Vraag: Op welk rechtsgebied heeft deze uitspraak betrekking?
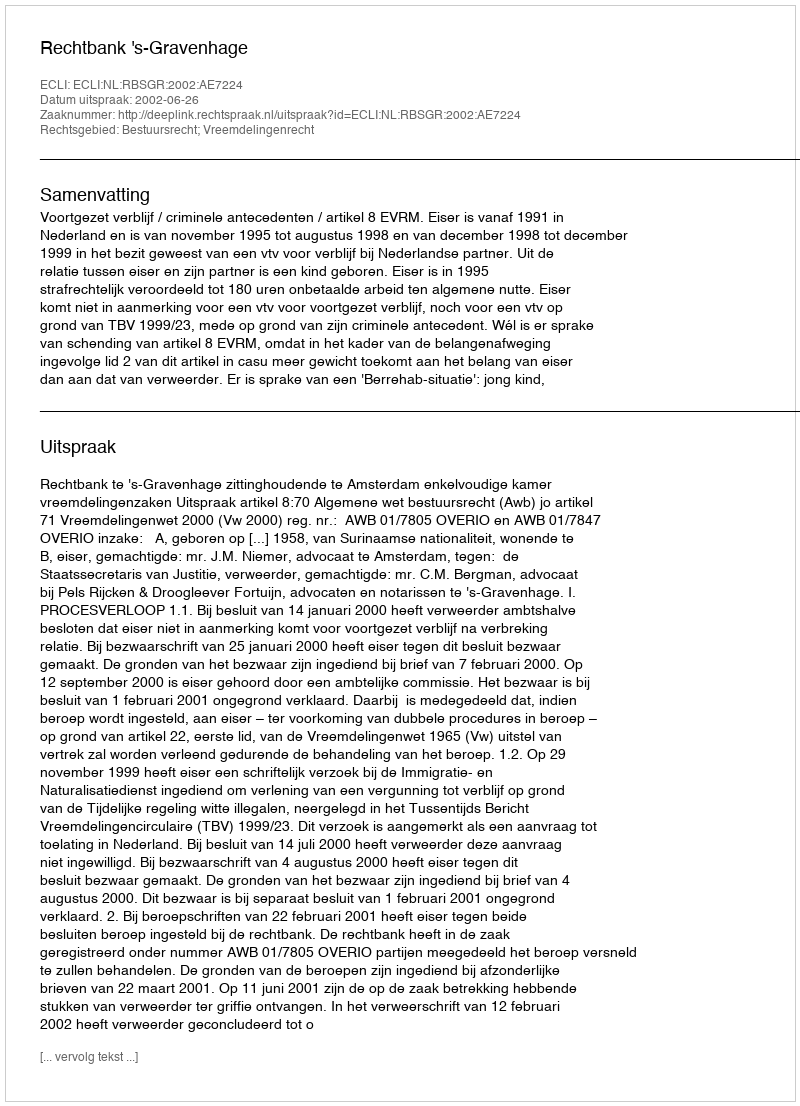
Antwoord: Bestuursrecht; Vreemdelingenrecht